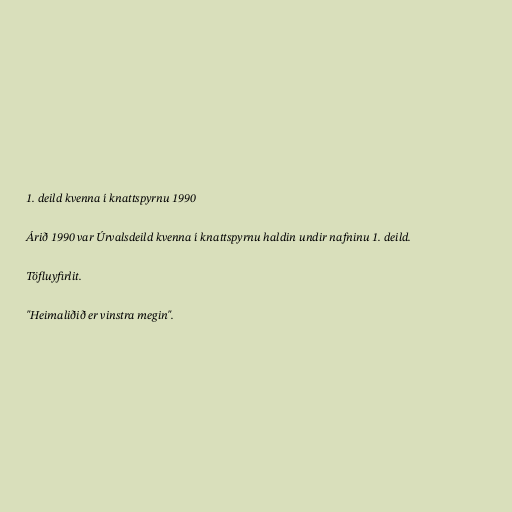
1. deild kvenna í knattspyrnu 1990

Árið 1990 var Úrvalsdeild kvenna í knattspyrnu haldin undir nafninu 1. deild.

Töfluyfirlit.

"Heimaliðið er vinstra megin".